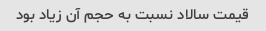
قیمت سالاد نسبت به حجم آن زیاد بود